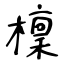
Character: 檁